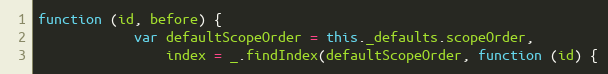
Language: JavaScript
function (id, before) {
            var defaultScopeOrder = this._defaults.scopeOrder,
                index = _.findIndex(defaultScopeOrder, function (id) {